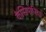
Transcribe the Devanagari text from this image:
कैसिपोरिया